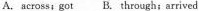
A. across; got B.through;arrived